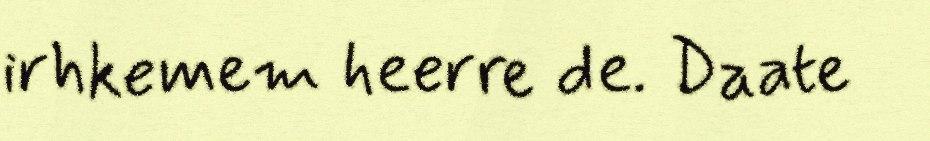
irhkemem heerre de. Daate